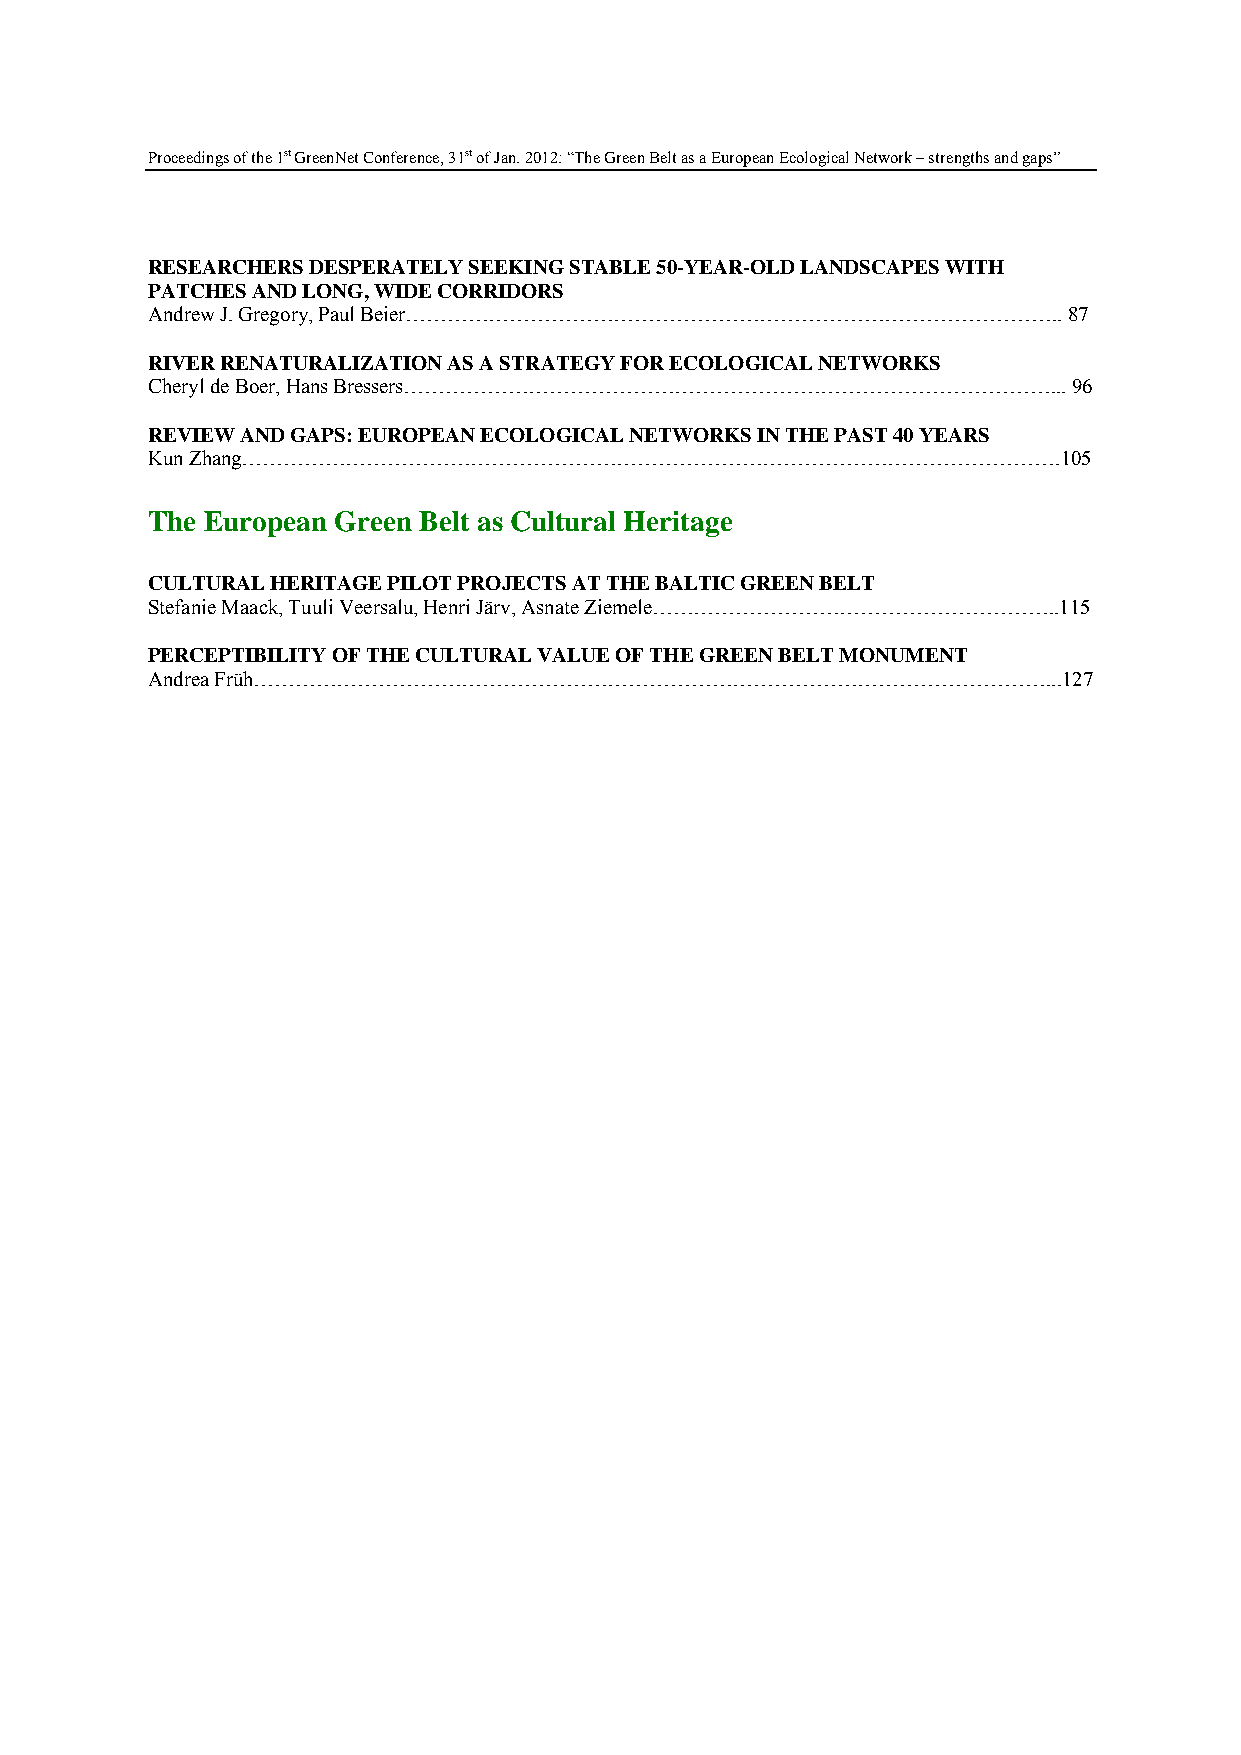
Proceedings of the 1st GreenNet Conference, 31st of Jan. 2012: “The Green Belt as a European Ecological Network – strengths and gaps”
 RESEARCHERS DESPERATELY SEEKING STABLE 50-YEAR-OLD LANDSCAPES WITH
 PATCHES AND LONG, WIDE CORRIDORS
 Andrew J. Gregory, Paul Beier………………………………………………………………………………….. 87
 RIVER RENATURALIZATION AS A STRATEGY FOR ECOLOGICAL NETWORKS
 Cheryl de Boer, Hans Bressers…………………………………………………………………………………... 96
 REVIEW AND GAPS: EUROPEAN ECOLOGICAL NETWORKS IN THE PAST 40 YEARS
 Kun Zhang……………………………………………………………………………………………………….105
 The European Green Belt as Cultural Heritage
 CULTURAL HERITAGE PILOT PROJECTS AT THE BALTIC GREEN BELT
 Stefanie Maack, Tuuli Veersalu, Henri Järv, Asnate Ziemele…………………………………………………..115
 PERCEPTIBILITY OF THE CULTURAL VALUE OF THE GREEN BELT MONUMENT
 Andrea Früh……………………………………………………………………………………………………...127